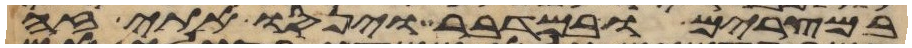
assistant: במצרים ובמדבר וינסו אתי זה